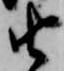
由